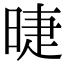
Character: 㫸